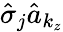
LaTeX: \hat{\sigma}_{j}\hat{a}_{k_{z}}